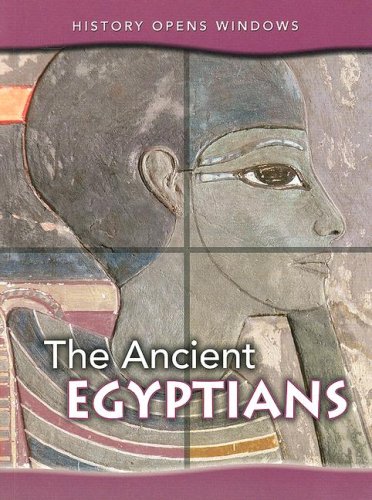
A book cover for The Ancient Egyptians (History Opens Windows); Jane Shuter; Children's Books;